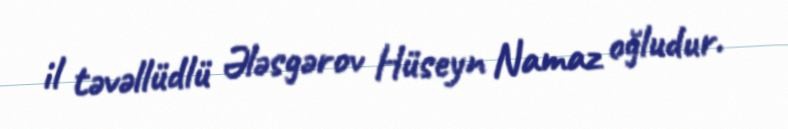
il təvəllüdlü Ələsgərov Hüseyn Namaz oğludur.